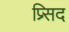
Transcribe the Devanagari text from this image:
प्र्सिद